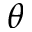
\theta